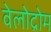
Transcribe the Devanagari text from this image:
वेलोद्रोम